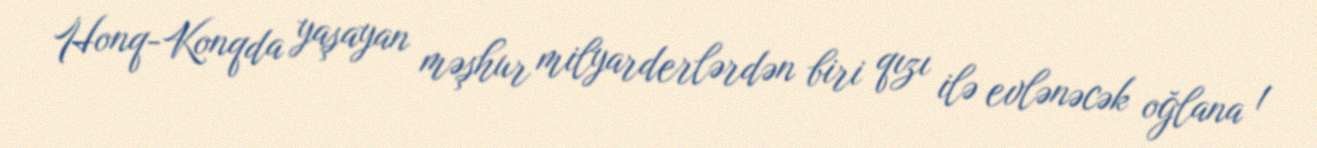
Honq-Konqda yaşayan məşhur milyarderlərdən biri qızı ilə evlənəcək oğlana 1